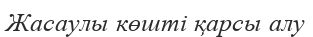
Жасаулы көшті қарсы алу